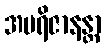
အပရိဇာနန္တာ